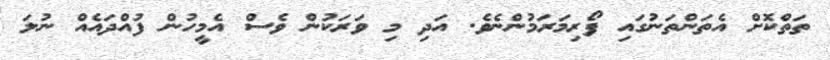
ތަތްކޮށް އެތަންތަނުގައި ފޯރިމަރަމުންނެވެ. އަދި މި ވަރަކުން ވެސް އެމީހުން ފުއްދައެއް ނުލަ